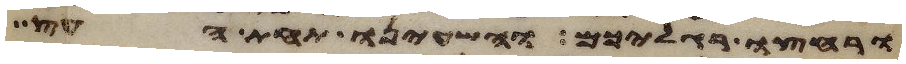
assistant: ורחצו רגליכם והשעינו תחת העץ